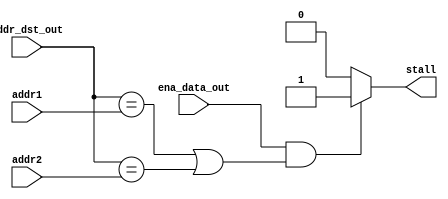
//hazard detection
`timescale 1ns/10ps

module detection(stall, ena_data_out, addr_dst_out, addr1, addr2);

input ena_data_out;
input [4:0] addr_dst_out;
input [4:0] addr1;
input [4:0] addr2;

output reg stall;


always @ (ena_data_out or addr_dst_out or addr1 or addr2)
begin
	if ((ena_data_out==1) && ((addr_dst_out==addr1) || (addr_dst_out==addr2)))
		stall = 1;
	else stall = 0;
end


endmodule